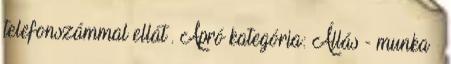
telefonszámmal ellát . Apró kategória: Állás - munka »